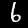
Digit: 6